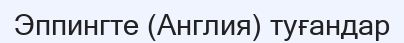
Эппингте (Англия) туғандар